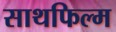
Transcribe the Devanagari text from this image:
साथफिल्म